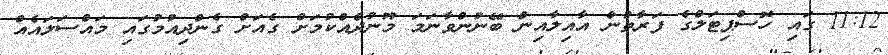
11:12 ގައި ހޮސްޕިޓަލްގެ ފަރާތުން އާއިލާއިން ބޭނުންވާނަމަ މޫނުދެއްކުމަށް ގެއަށް ގެންދިއުމުގައި މައްސަލައެއް